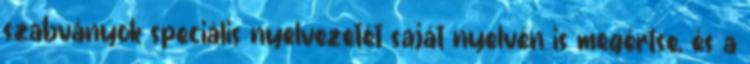
szabványok speciális nyelvezetét saját nyelvén is megértse, és a